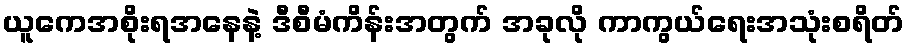
ယူကေအစိုးရအနေနဲ့ ဒီစီမံကိန်းအတွက် အခုလို ကာကွယ်ရေးအသုံးစရိတ်